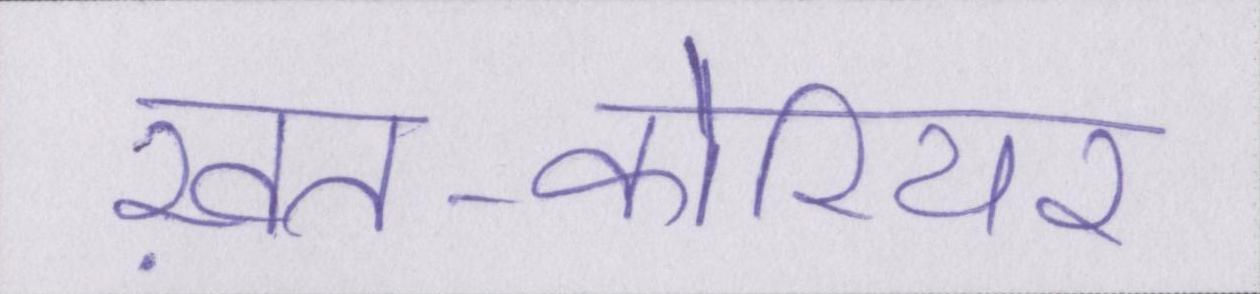
ख़त-कोरियर